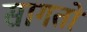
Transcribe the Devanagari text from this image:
सागतो